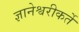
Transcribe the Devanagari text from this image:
ज्ञानेश्वरीकर्ते